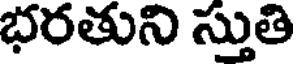
భరతుని స్తుతి